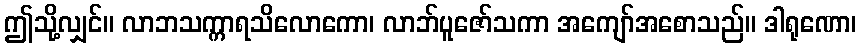
ဤသို့လျှင်။ လာဘသက္ကာရသိလောကော၊ လာဘ်ပူဇော်သကာ အကျော်အစောသည်။ ဒါရုဏော၊